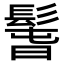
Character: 𩭱